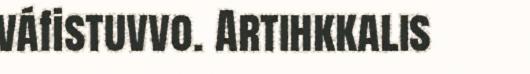
váfistuvvo. Artihkkalis